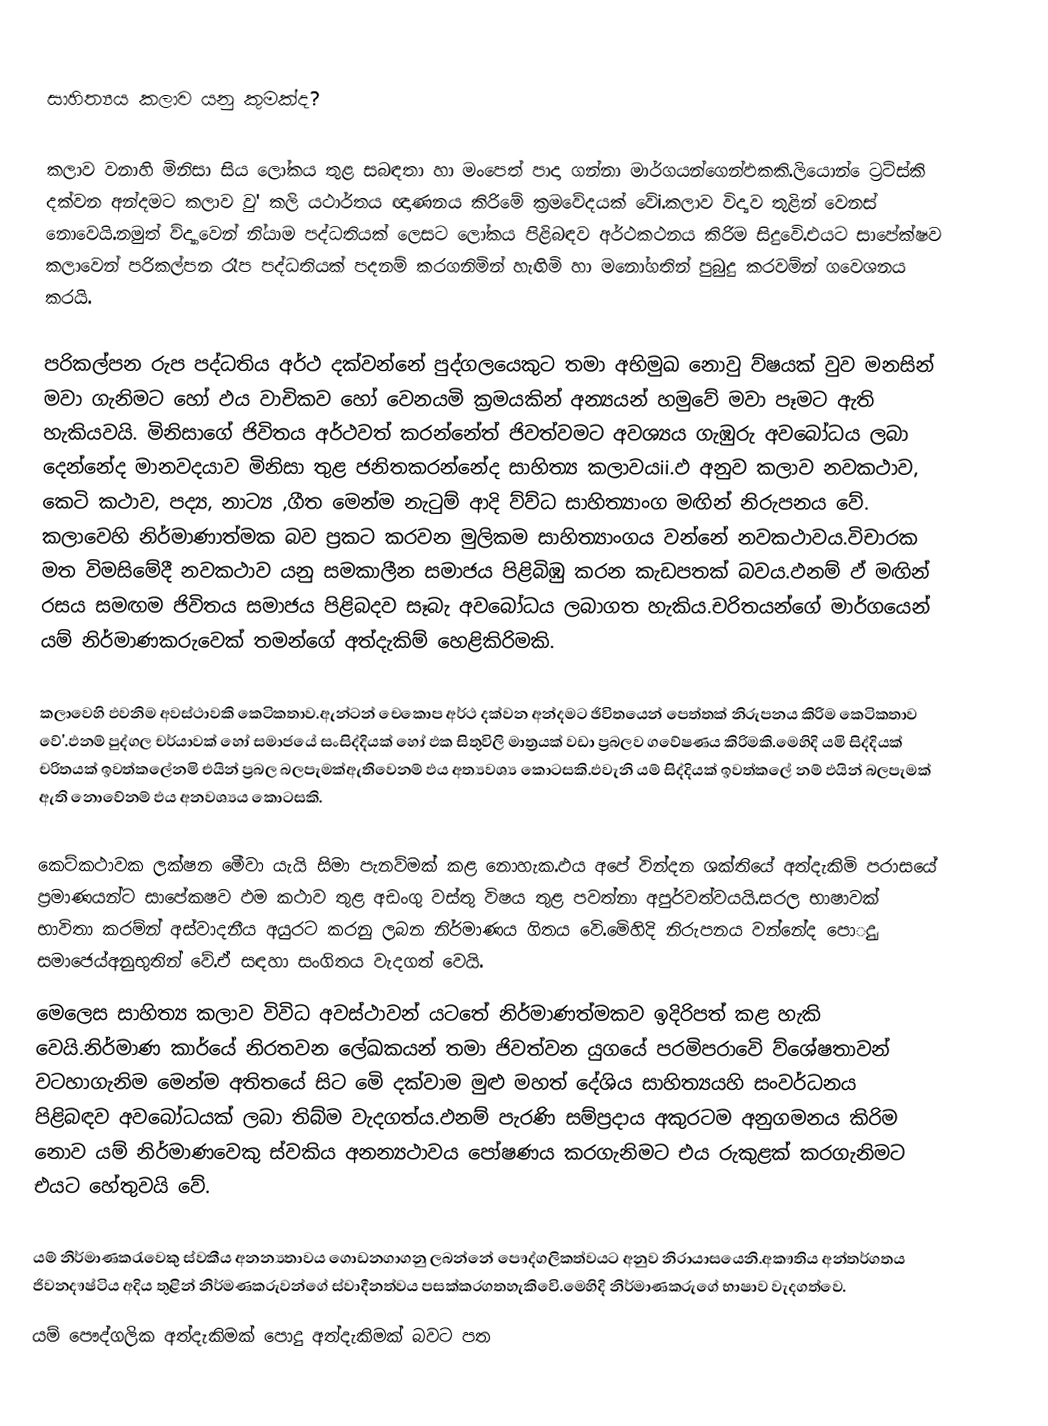
සාහිත්‍යය කලාව යනු කුමක්ද?

කලාව වනාහි මිනිසා සිය ලෝකය තුළ සබඳතා හා මංපෙත් පාදා ගන්නා මාර්ගයන්ගෙන්ඵකකි.ලි‍යොන් ෙට්‍රට්ස්කි දක්වන අන්දමට කලාව වු' කලි යථාර්තය ඥාණනය කිරිමේ ක්‍රමවේදයක් වේi.කලාව විද්‍යව තුළින් වෙනස් නොවෙයි.නමුත් ව්ද්‍යාවෙන් නි්‍යාම පද්ධතියක් ලෙසට ලෝකය පිළිබඳව අර්ථකථනය කිරිම සිදුවෙි.එයට සාපේක‍්ෂව කලාවෙන් පරිකල්පන රෑප පද්ධතියක් පදනම් කරගනිමින් හැඟිමි හා මනෝගතින් පුබුදු කරවම්න් ගවෙශනය කරයි.

පරිකල්පන රුප පද්ධතිය අර්ථ දක්වන්නේ පුද්ගලයෙකුට තමා අභිමුඛ නොවු ව්ෂයක් වුව මනසින් මවා ගැනිමට හෝ ඵය වාචිකව හෝ වෙනයමි ක්‍රමයකින් අන්‍යයන් හමුවේ මවා පෑමට ඇති හැකියවයි. මිනිසාගේ ජිවිතය අර්ථවත් කරන්නේත් ජිවත්වමට අවශ්‍යය ගැඹුරු අවබෝධය ලබා දෙන්නේද මානවදයාව මිනිසා තුළ ජනිතකරන්නේද සාහිත්‍ය කලාවයii.ඵ අනුව කලාව නවකථාව, කෙටි කථාව, පද්‍ය, නාට්‍ය ,ගීත මෙන්ම නැටුම් ආදි ව්ව්ධ සාහිත්‍යාංග මඟින් නිරුපනය වේ. කලාවෙහි නිර්මාණාත්මක බව ප්‍රකට කරවන මුලිකම සාහිත්‍යාංගය වන්නේ නවකථාවය.විචාරක මත විමසිමේදී නවකථාව යනු සමකාලීන සමාජය පිළිබිඹු කරන කැඩපතක් බවය.ඵනම් ඵ් මඟින් රසය සමඟම ජිවිතය සමාජය පිළිබදව සෑබැ අවබෝධය  ලබාගත හැකිය.චරිතයන්ගේ මාර්ගයෙන් යම් නිර්මාණකරුවෙක් තමන්ගේ අත්දැකිම් හෙළිකිරිමකි.

කලාවෙහි ඵවනිම අවස්ථාවකි කෙටිකතාව.ඇන්ටන් චෙකොප අර්ථ දක්වන අන්දමට ඡිවිතයෙන් පෙත්තක් නිරුපනය කිරිම කෙටිකතාව වේ'.ඵනම් පුද්ගල චර්යාවක් හෝ සමාජයේ සංසිද්දියක් හෝ ඵක සිතුවිලි මාත්‍රයක් වඩා ප්‍රබලව  ගවේෂණය කිරිමකි.මෙහිදි යමි සිද්දියක් චරිතයක් ඉවත්කලේනමි එයින් ප්‍රබල බලපැමක්ඇතිවෙනම් ඵය අත්‍යවශ්‍ය කොටසකි.ඵවැනි යම් සිද්දියක් ඉවත්කලේ නම් ඵයින් බලපැමක් ඇති නොවේනම් ඵය අනවශ්‍යය කොටසකි.

කෙට්කථාවක ලක්ෂන මෙීවා යැයි සිමා පැනව්මක් කළ නොහැක.ඵය අපේ වින්දන ශක්තියේ අත්දැකිමි පරාසයේ ප්‍රමාණයන්ට සාපේකෂව ඵම කථාව තුළ අඩංගු වස්තු විෂය තුළ පවත්නා අපුර්වත්වයයි.සරල භාෂාවක් භාවිතා කරම්න් අස්වාදනීය අයුරට කරනු ලබන නිර්මාණය ගිතය වෙි.මෙිහිදි නිරුපනය වන්නේද පොුදු සමාජෙය්අනුභුතින් වේ.ඒ සඳහා සංගිතය වැදගත් වෙයි.
‍මෙලෙස සාහිත්‍ය කලාව විවිධ අවස්ථාවන් යටතේ නිර්මාණත්මකව ඉදිරිපත් කළ හැකි වෙයි.නිර්මාණ කාර්යේ නිරතවන ලේඛකයන් තමා ජිවත්වන යුගයේ  පරමිපරාවෙි ව්ශේෂතාවන් වටහාගැනිම මෙන්ම අතිතයේ සිට මෙි දක්වාම මුළු මහත් දේශිය සාහිත්‍යයහි සංවර්ධනය පිළිබඳව අවබෝධයක් ලබා තිබ්ම වැදගත්ය.ඵනම් පැරණි සම්ප්‍රදාය අකුරටම අනුගමනය කිරිම නොව යම් නිර්මාණවෙකු ස්වකිය අනන්‍යථාවය පෝෂණය කරගැනිමට එය රුකුළක් කරගැනිමට එයට හේතුවයි වේ.

යම් නිර්මාණකරැවෙකු ස්වකීය අනන්‍යතාවය ගොඩනගාගනු ලබන්නේ පෞද්ගලිකත්වයට අනුව නිරායාසයෙනි.අකෟතිය අන්තර්ගතය ජිවනදෟෂ්ටිය අදිය තුළින් නිර්මණකරුවන්ගේ ස්වාදීනත්වය පසක්කරගතහැකිවෙි.මෙහිදි නිර්මාණකරුගේ භාෂාව වැදගත්වෙ.
යම් පෞද්ගලික අත්දැකිමක් පොදු අත්දැකිමක් බවට පත